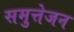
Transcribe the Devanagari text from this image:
समुत्तेजन